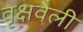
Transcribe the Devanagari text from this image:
वृक्षवेली